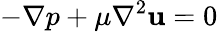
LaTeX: -\nabla p+\mu\nabla^{2}\mathbf{u}=0